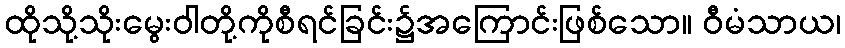
ထိုသို့သိုးမွေးဝါတို့ကိုစီရင်ခြင်း၌အကြောင်းဖြစ်သော။ ဝီမံသာယ၊